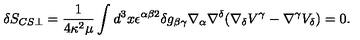
\delta S _ { C S \perp } = \frac { 1 } { 4 \kappa ^ { 2 } \mu } \int d ^ { 3 } x \epsilon ^ { \alpha \beta 2 } \delta g _ { \beta \gamma } \nabla _ { \alpha } \nabla ^ { \delta } ( \nabla _ { \delta } V ^ { \gamma } - \nabla ^ { \gamma } V _ { \delta } ) = 0 .